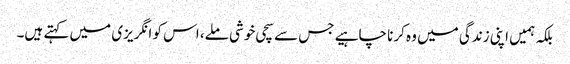
بلکہ ہمیں اپنی زندگی میں وہ کرنا چاہیے جس سے سچی خوشی ملے، اس کو انگریزی میں کہتے ہیں۔